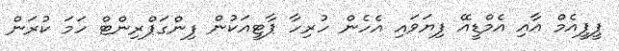
ޕީޕީއެމް އާއި އެމްޑީއޭ ފިޔަވައި އެހެން ހުރިހާ ޕާޓީއަކުން ފިންގަޕްރިންޓް ހަމަ ކުރަން